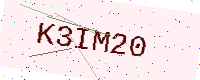
Text: K3IM20